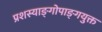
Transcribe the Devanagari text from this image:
प्रशस्याङ्‌गोपाङ्‌गयुक्त